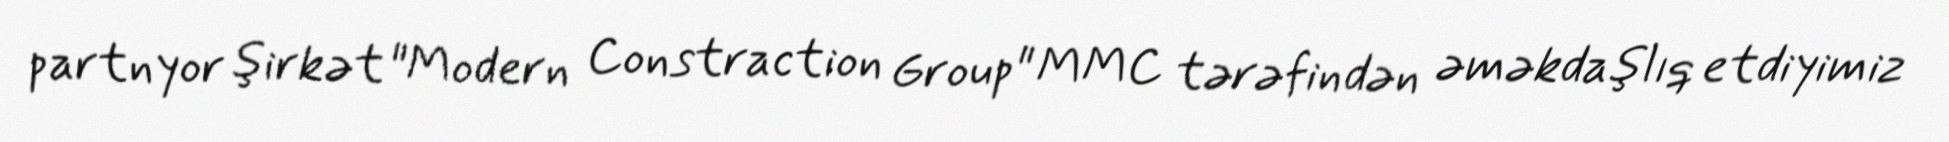
partnyor şirkət "Modern Constraction Group" MMC tərəfindən əməkdaşlıq etdiyimiz